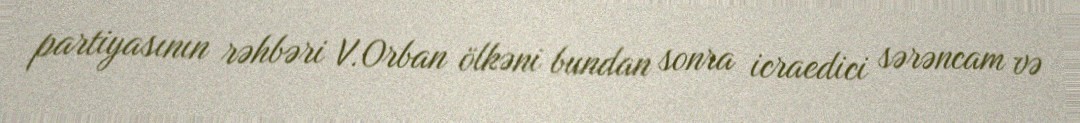
partiyasının rəhbəri V.Orban ölkəni bundan sonra icraedici sərəncam və